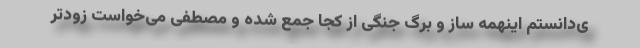
ی‌دانستم اینهمه ساز و برگ جنگی از کجا جمع شده و مصطفی می‌خواست زودتر